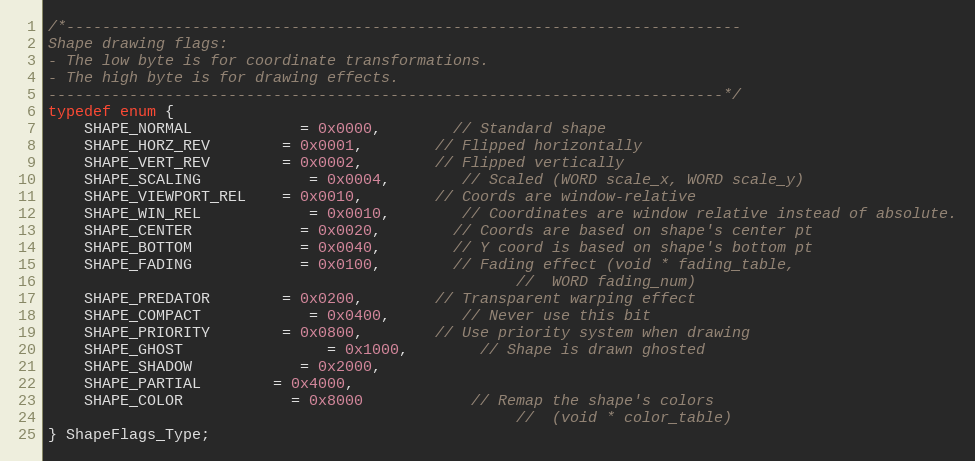
Language: C
/*---------------------------------------------------------------------------
Shape drawing flags:
- The low byte is for coordinate transformations.
- The high byte is for drawing effects.
---------------------------------------------------------------------------*/
typedef enum {
	SHAPE_NORMAL 			= 0x0000,		// Standard shape
	SHAPE_HORZ_REV 		= 0x0001,		// Flipped horizontally
	SHAPE_VERT_REV 		= 0x0002,		// Flipped vertically
	SHAPE_SCALING 			= 0x0004,		// Scaled (WORD scale_x, WORD scale_y)
	SHAPE_VIEWPORT_REL 	= 0x0010,		// Coords are window-relative
	SHAPE_WIN_REL 			= 0x0010,		// Coordinates are window relative instead of absolute.
	SHAPE_CENTER 			= 0x0020,		// Coords are based on shape's center pt
	SHAPE_BOTTOM			= 0x0040,		// Y coord is based on shape's bottom pt
	SHAPE_FADING 			= 0x0100,		// Fading effect (void * fading_table,
													//  WORD fading_num)
	SHAPE_PREDATOR 		= 0x0200,		// Transparent warping effect
	SHAPE_COMPACT 			= 0x0400,		// Never use this bit
	SHAPE_PRIORITY 		= 0x0800,		// Use priority system when drawing
	SHAPE_GHOST				= 0x1000,		// Shape is drawn ghosted
	SHAPE_SHADOW			= 0x2000,
	SHAPE_PARTIAL  		= 0x4000,
	SHAPE_COLOR 			= 0x8000			// Remap the shape's colors
													//  (void * color_table)
} ShapeFlags_Type;